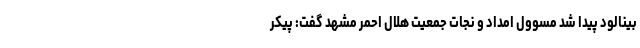
بینالود پیدا شد مسوول امداد و نجات جمعیت هلال احمر مشهد گفت: پیکر